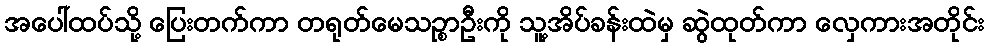
အပေါ်ထပ်သို့ ပြေးတက်ကာ တရုတ်မေသဉ္စာဦးကို သူ့အိပ်ခန်းထဲမှ ဆွဲထုတ်ကာ လှေကားအတိုင်း